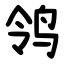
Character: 鸰